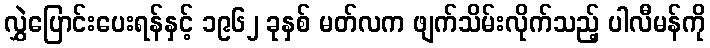
လွှဲပြောင်းပေးရန်နှင့် ၁၉၆၂ ခုနှစ် မတ်လက ဖျက်သိမ်းလိုက်သည့် ပါလီမန်ကို